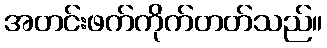
အတင်းဖက်ကိုက်တတ်သည်။